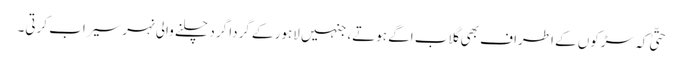
حتّیٰ کہ سڑکوں کے اطراف بھی گلاب اگے ہوتے، جنہیں لاہور کے گردا گرد چلنے والی نہر سیراب کرتی۔